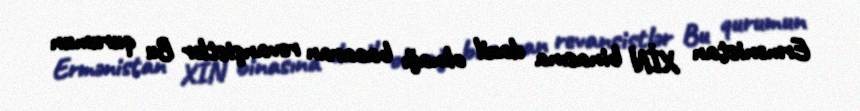
Ermənistan XİN binasına daxil olmağı bacaran revanşistlər Bu qurumun